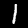
Digit: 1